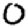
Digit: 0